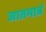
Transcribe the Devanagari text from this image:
जातमात्रं